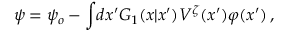
\psi = \psi _ { o } - \int \! d x ^ { \prime } { \cal G } _ { 1 } ( x | x ^ { \prime } ) V ^ { \zeta } ( x ^ { \prime } ) \varphi ( x ^ { \prime } ) \, ,